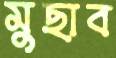
মুছাব